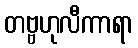
တဗ္ဗဟုလီကာရာ